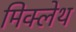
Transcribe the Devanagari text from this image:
मिक्लेथ